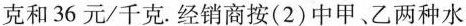
克和36元/千克.经销商按(2)中甲、乙两种水